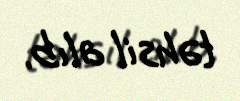
təhsil alıb.